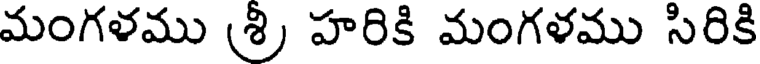
మంగళము (శ్రీ హరికి మంగళము సిరికి